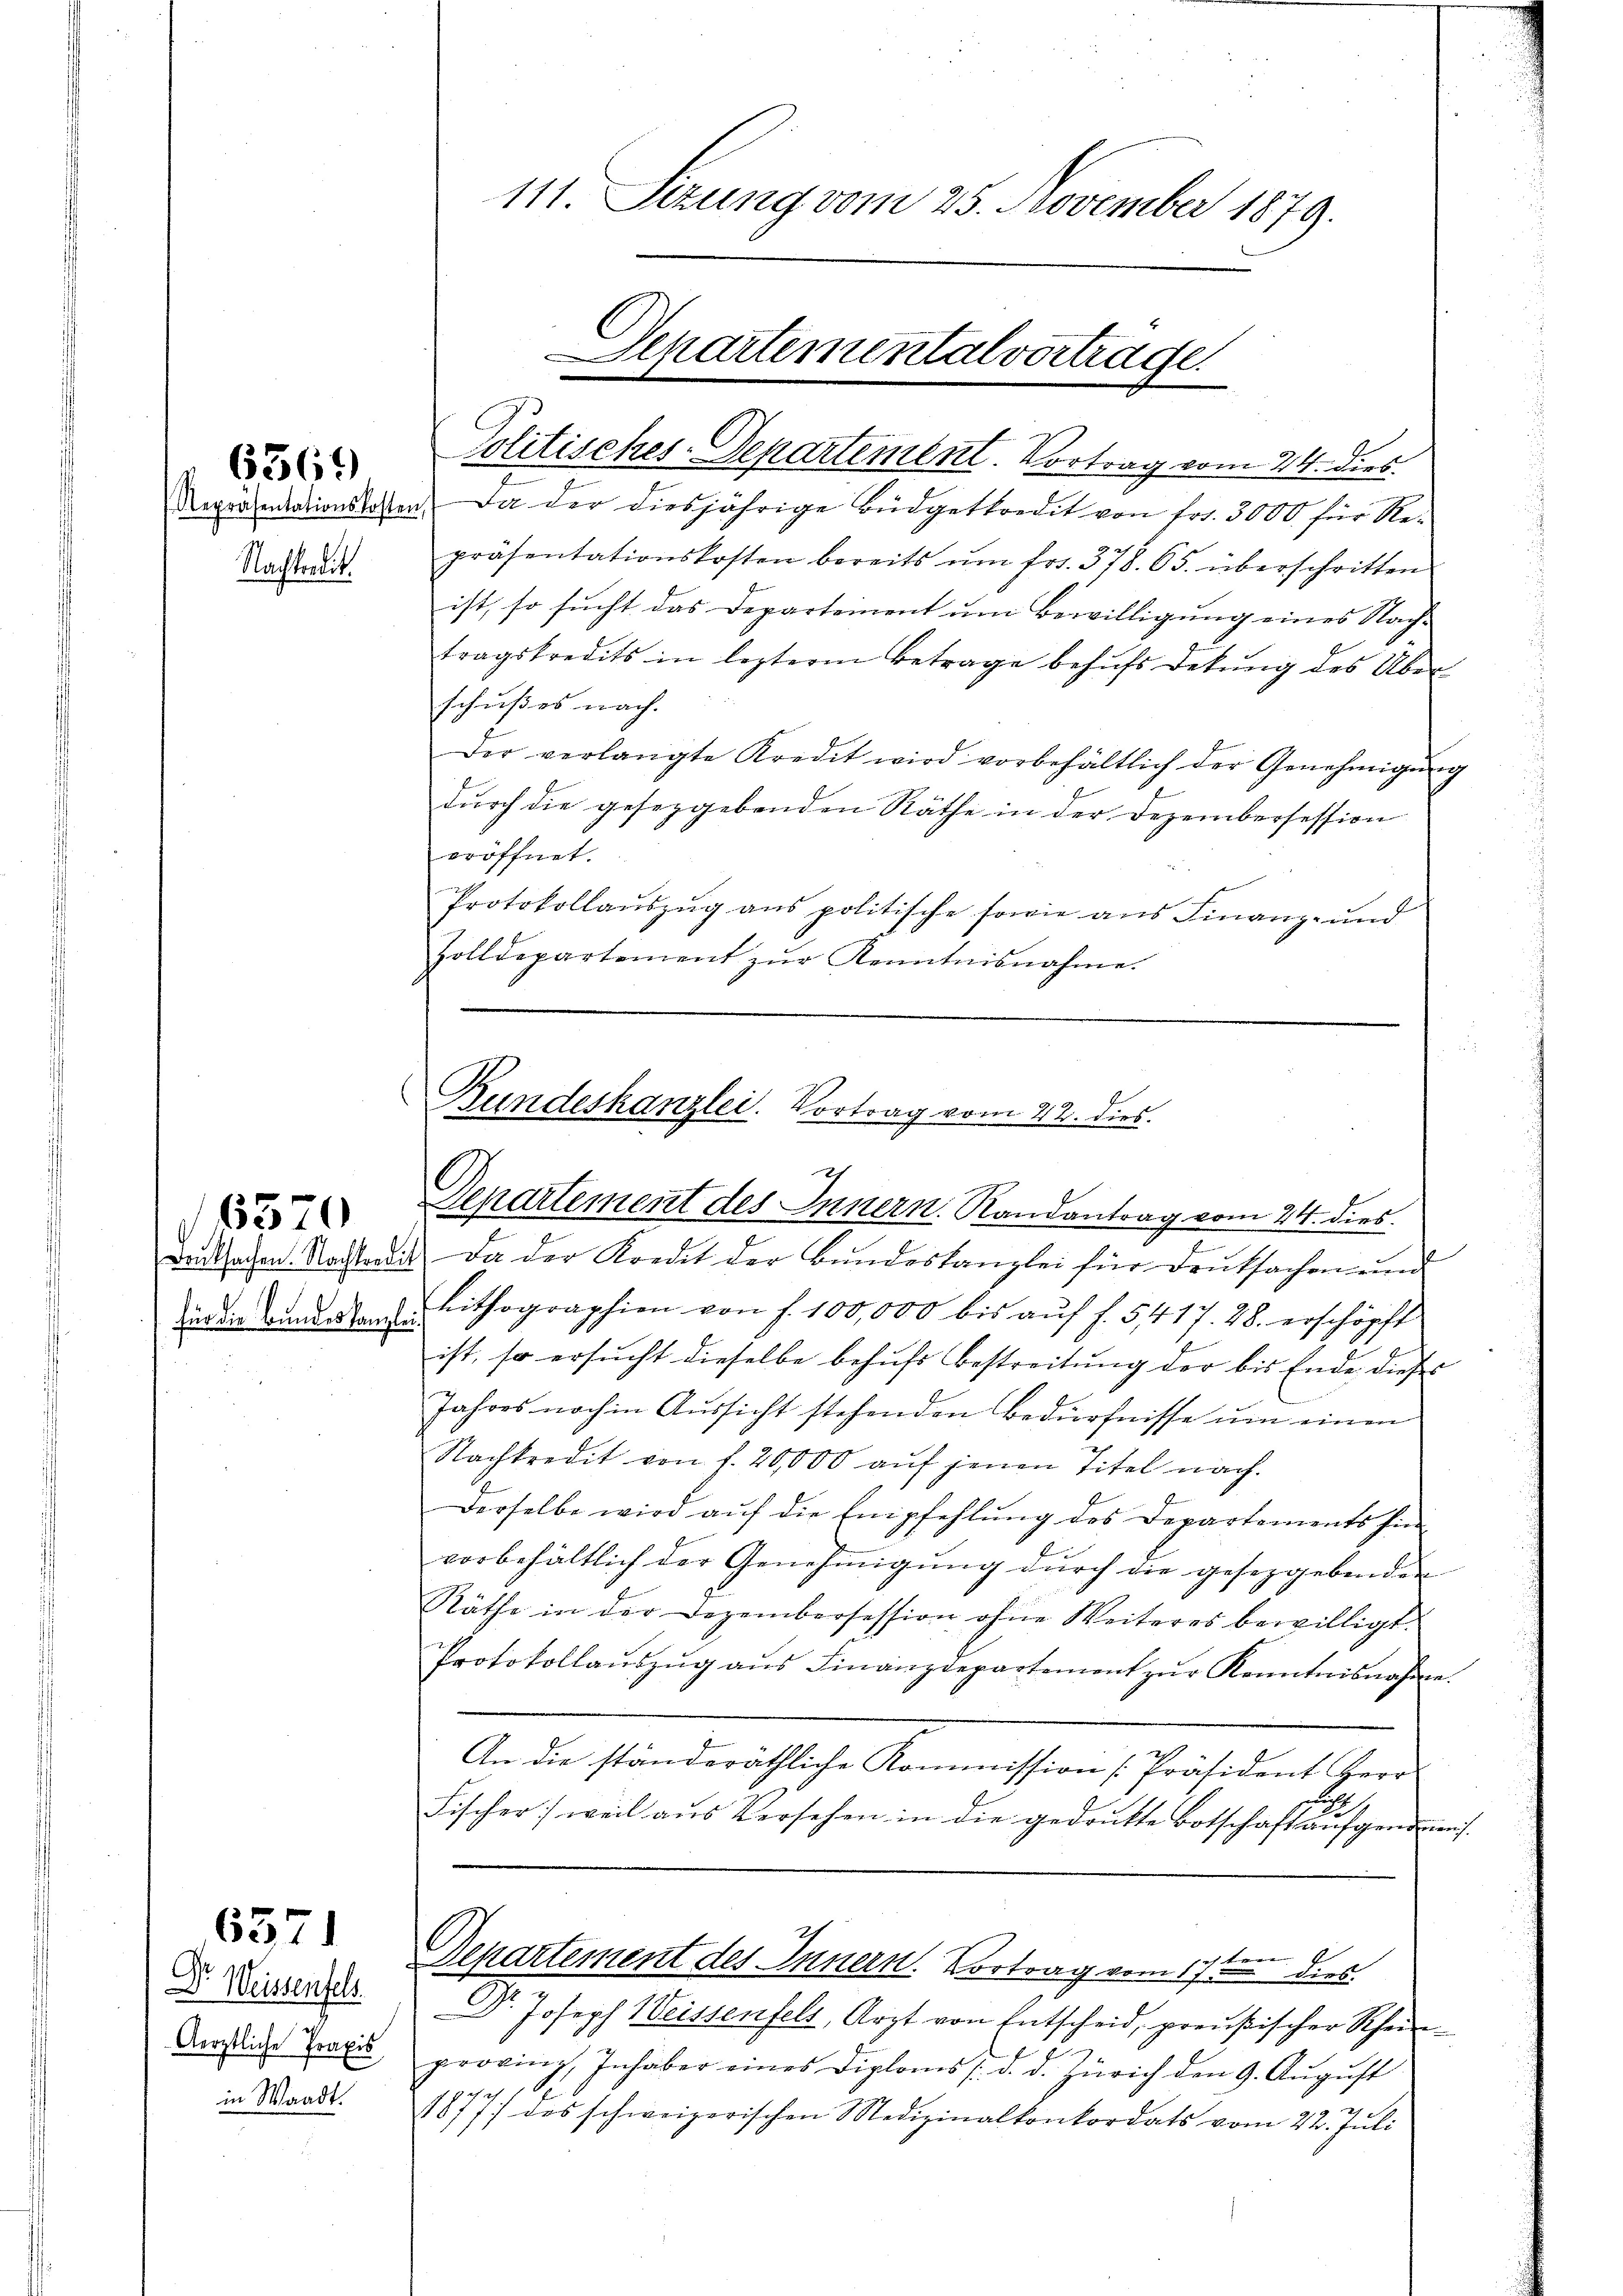
6369

Nachtradit.

Druksachen. Nachkredifür die Bundeskanzle¬

6570

6371

Dr Weissenfels
Aerztliche Praxis
in Waadt.

111. Sezung vom 25. November 1879.

Departementalvertrage

Politisches-Departement. Vortrag vom 24. dies
Repräsentationskosten. Da der diesjährige Büdgetkredit von fr. 3000 für Repräsentationskosten bereits ŭm frs. 378. 65. überschritten
ist, so sucht das Departement um Bewilligung eines Nach-
tragskredits in leztere Betrage behŭfs Dekŭng des Über-
schußes nach
Der verlangte Kredit wird vorbehältlich der Genehmigŭng
durch die gesezgebenden Räthe in der Dezembersession
eröffnet.
Protokollauszug aus politische sowie aus Finanz- und
Zolldepartement zŭr Kenntnisnahme.

Rundeskanzlei. Vortrag vom 22. dies
Departement des Innern. Randantrag vom 24. dies

Da der Kredit der Bundeskanzlei für Deutsachen und
Lithographien von f. 100,000 bis aŭf f. 5417. 28. erschöpft
ist, so ersucht dieselbe behufs Bestreitung der bis Ende dieses
Jahres noch in Aussicht stehenden Bedürfnisse um einen
Nachkredit von f. 20,000 aŭf jenen Titel nach.
Derselbe wird auf die Empfehlung des Departements hi
vorbehältlich der Genehmigŭng dŭrch die gesetzgebenden
Räthe in der Dezembersession ohne Weiteres bewilligt.
Protokollaŭszŭg aŭs Finanzdepartement zŭr Kenntnisnahme.
An die ständeräthliche Kommission [Präsident Herr
.
Fischer) weil aus Versehen in die gedrukte Botschaft aufgenden.
Departement des Innern. Vortrag vom 17ten dies
2
d
.
Joseph Weissenfels, Arzt von Entscheid, preußischer Rhein
provinz, Inhaber eines Diploms /: d. d. Zürich den 9. August
1877 des schweizerischen Medizinalkonkordats vom 22. Juli